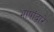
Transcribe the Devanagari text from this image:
भाषांद्वारे